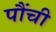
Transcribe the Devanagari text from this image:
पौंची